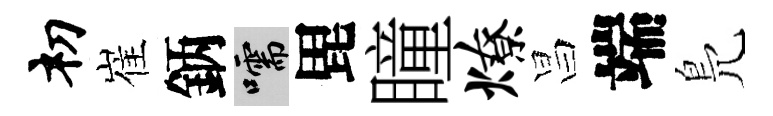
𥘉崔鈵嚅毘瞳燎昌端鳬